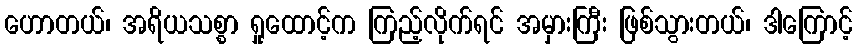
ဟောတယ်၊ အရိယသစ္စာ ရှုထောင့်က ကြည့်လိုက်ရင် အမှားကြီး ဖြစ်သွားတယ်၊ ဒါကြောင့်